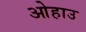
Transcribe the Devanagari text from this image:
ओहाउ